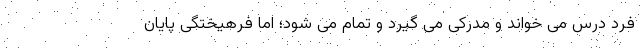
فرد درس می خواند و مدرکی می گیرد و تمام می شود؛ اما فرهیختگی پایان